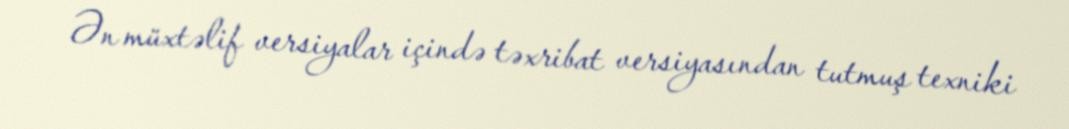
Ən müxtəlif versiyalar içində təxribat versiyasından tutmuş texniki